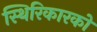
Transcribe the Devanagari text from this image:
स्थिरिकारको